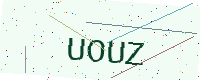
Text: UOUZ